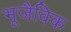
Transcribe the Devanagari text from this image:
भूजैविक